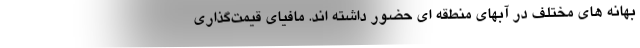
بهانه های مختلف در آبهای منطقه ای حضور داشته اند. مافياي قيمت‌گذاري